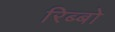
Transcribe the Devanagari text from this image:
रिब्बो